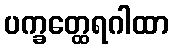
ပက္ခတ္ထေရဂါထာ